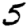
Digit: 5